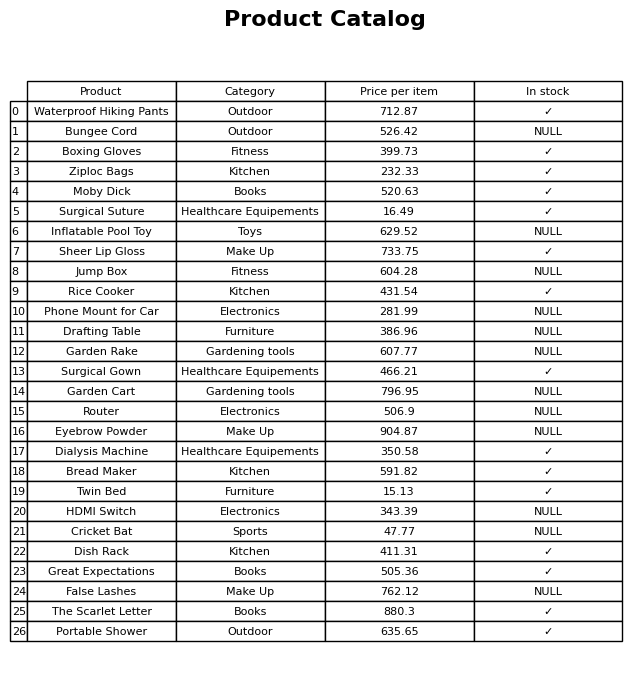
question: What category does the Jump Box belong to?
answer: Fitness